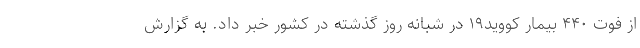
از فوت ۴۴۰ بیمار کووید۱۹ در شبانه روز گذشته در کشور خبر داد. به گزارش